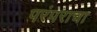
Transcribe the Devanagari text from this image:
परंपराचा